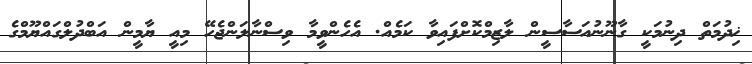
ޚިދުމަތް ދިނުމަކީ ގާނޫނުއަސާސީން ލާޒިމްކޮށްފައިވާ ކަމެއް. އެހެންވީމާ ވިސްނާލަންޖެހޭ މިއީ ޔާމީން އަބްދުލްގައްޔޫމްގެ